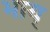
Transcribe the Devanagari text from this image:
भाय्